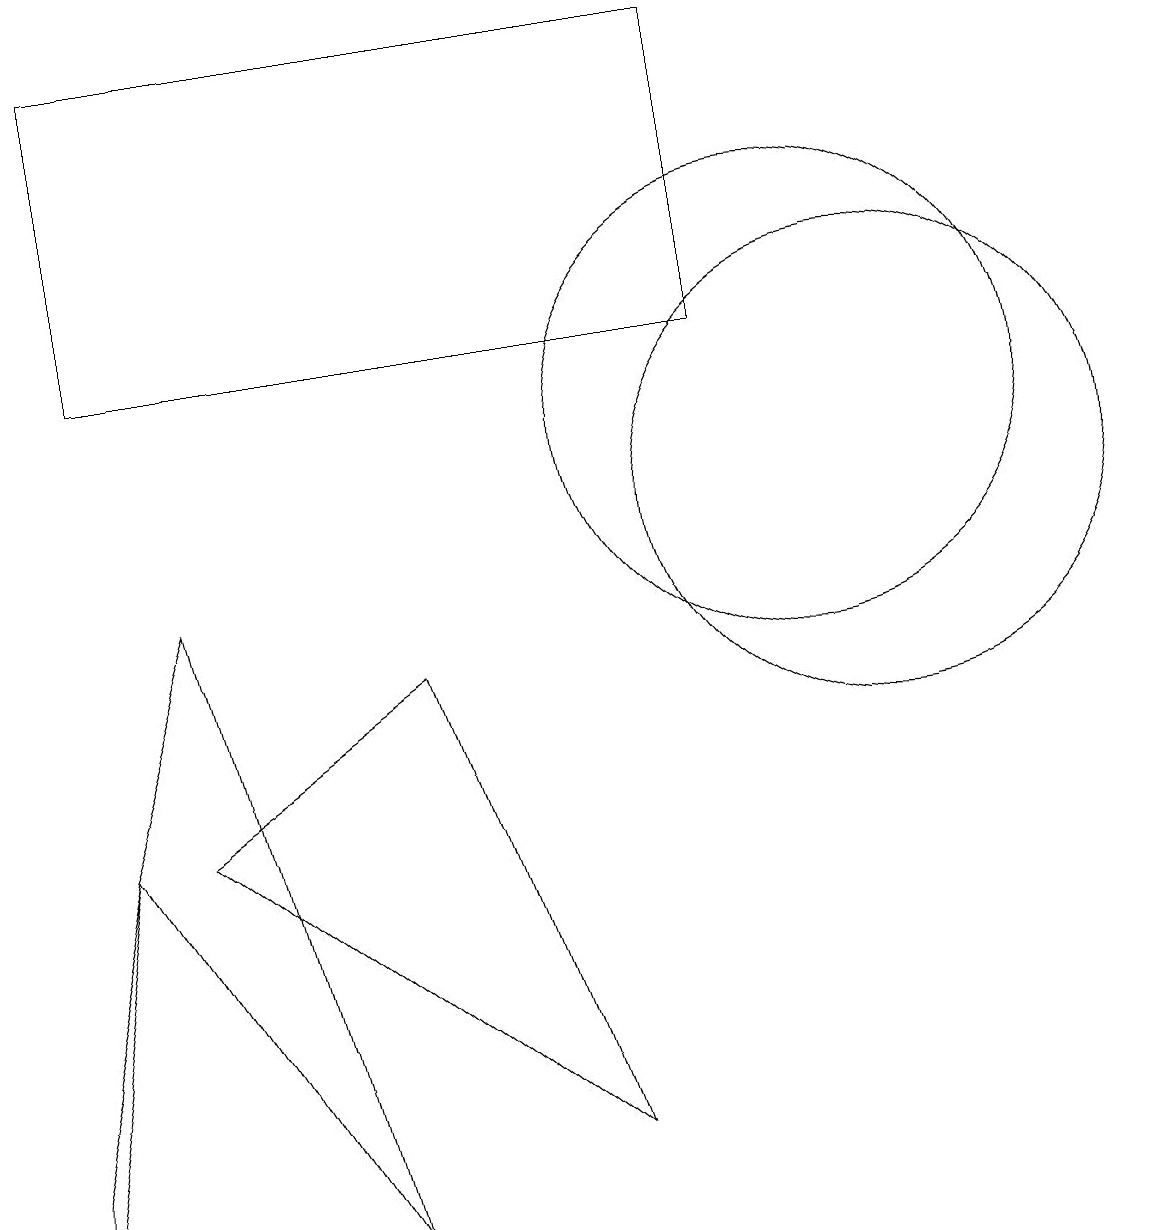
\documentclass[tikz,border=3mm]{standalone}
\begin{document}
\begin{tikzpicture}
\draw (1,12) rectangle (9,16);
\draw (4,1) -- (1,6) -- (2,9) -- cycle;
\draw (11,10) circle (3);
\draw (0,2) -- (0,1) -- (1,6) -- cycle;
\draw (2,6) -- (5,8) -- (7,2) -- cycle;
\draw (10,11) circle (3);
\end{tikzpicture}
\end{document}